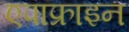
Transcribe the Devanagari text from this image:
एपाफ्राइन